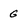
Character: G